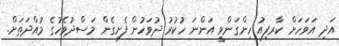
އަދި އަވަހަށް ކާރފިއު ހިންގަންވީ އަންނަ ހުކުރު ދުވަހުން ފެށިގެން މަސްދުވެހުގެ މުއްދަތަށް.